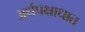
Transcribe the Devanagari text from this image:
अर्धपक्षाधात